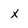
Character: X